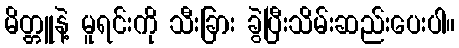
မိတ္တူနဲ့ မူရင်းကို သီးခြား ခွဲပြီးသိမ်းဆည်းပေးပါ။